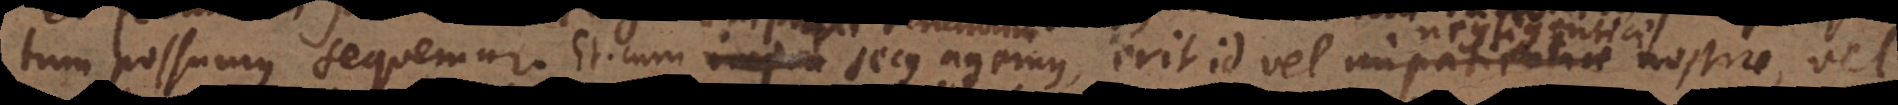
um est. sequemur. Et cum secus agemus, erit id vel impatientiae nostrae, vel